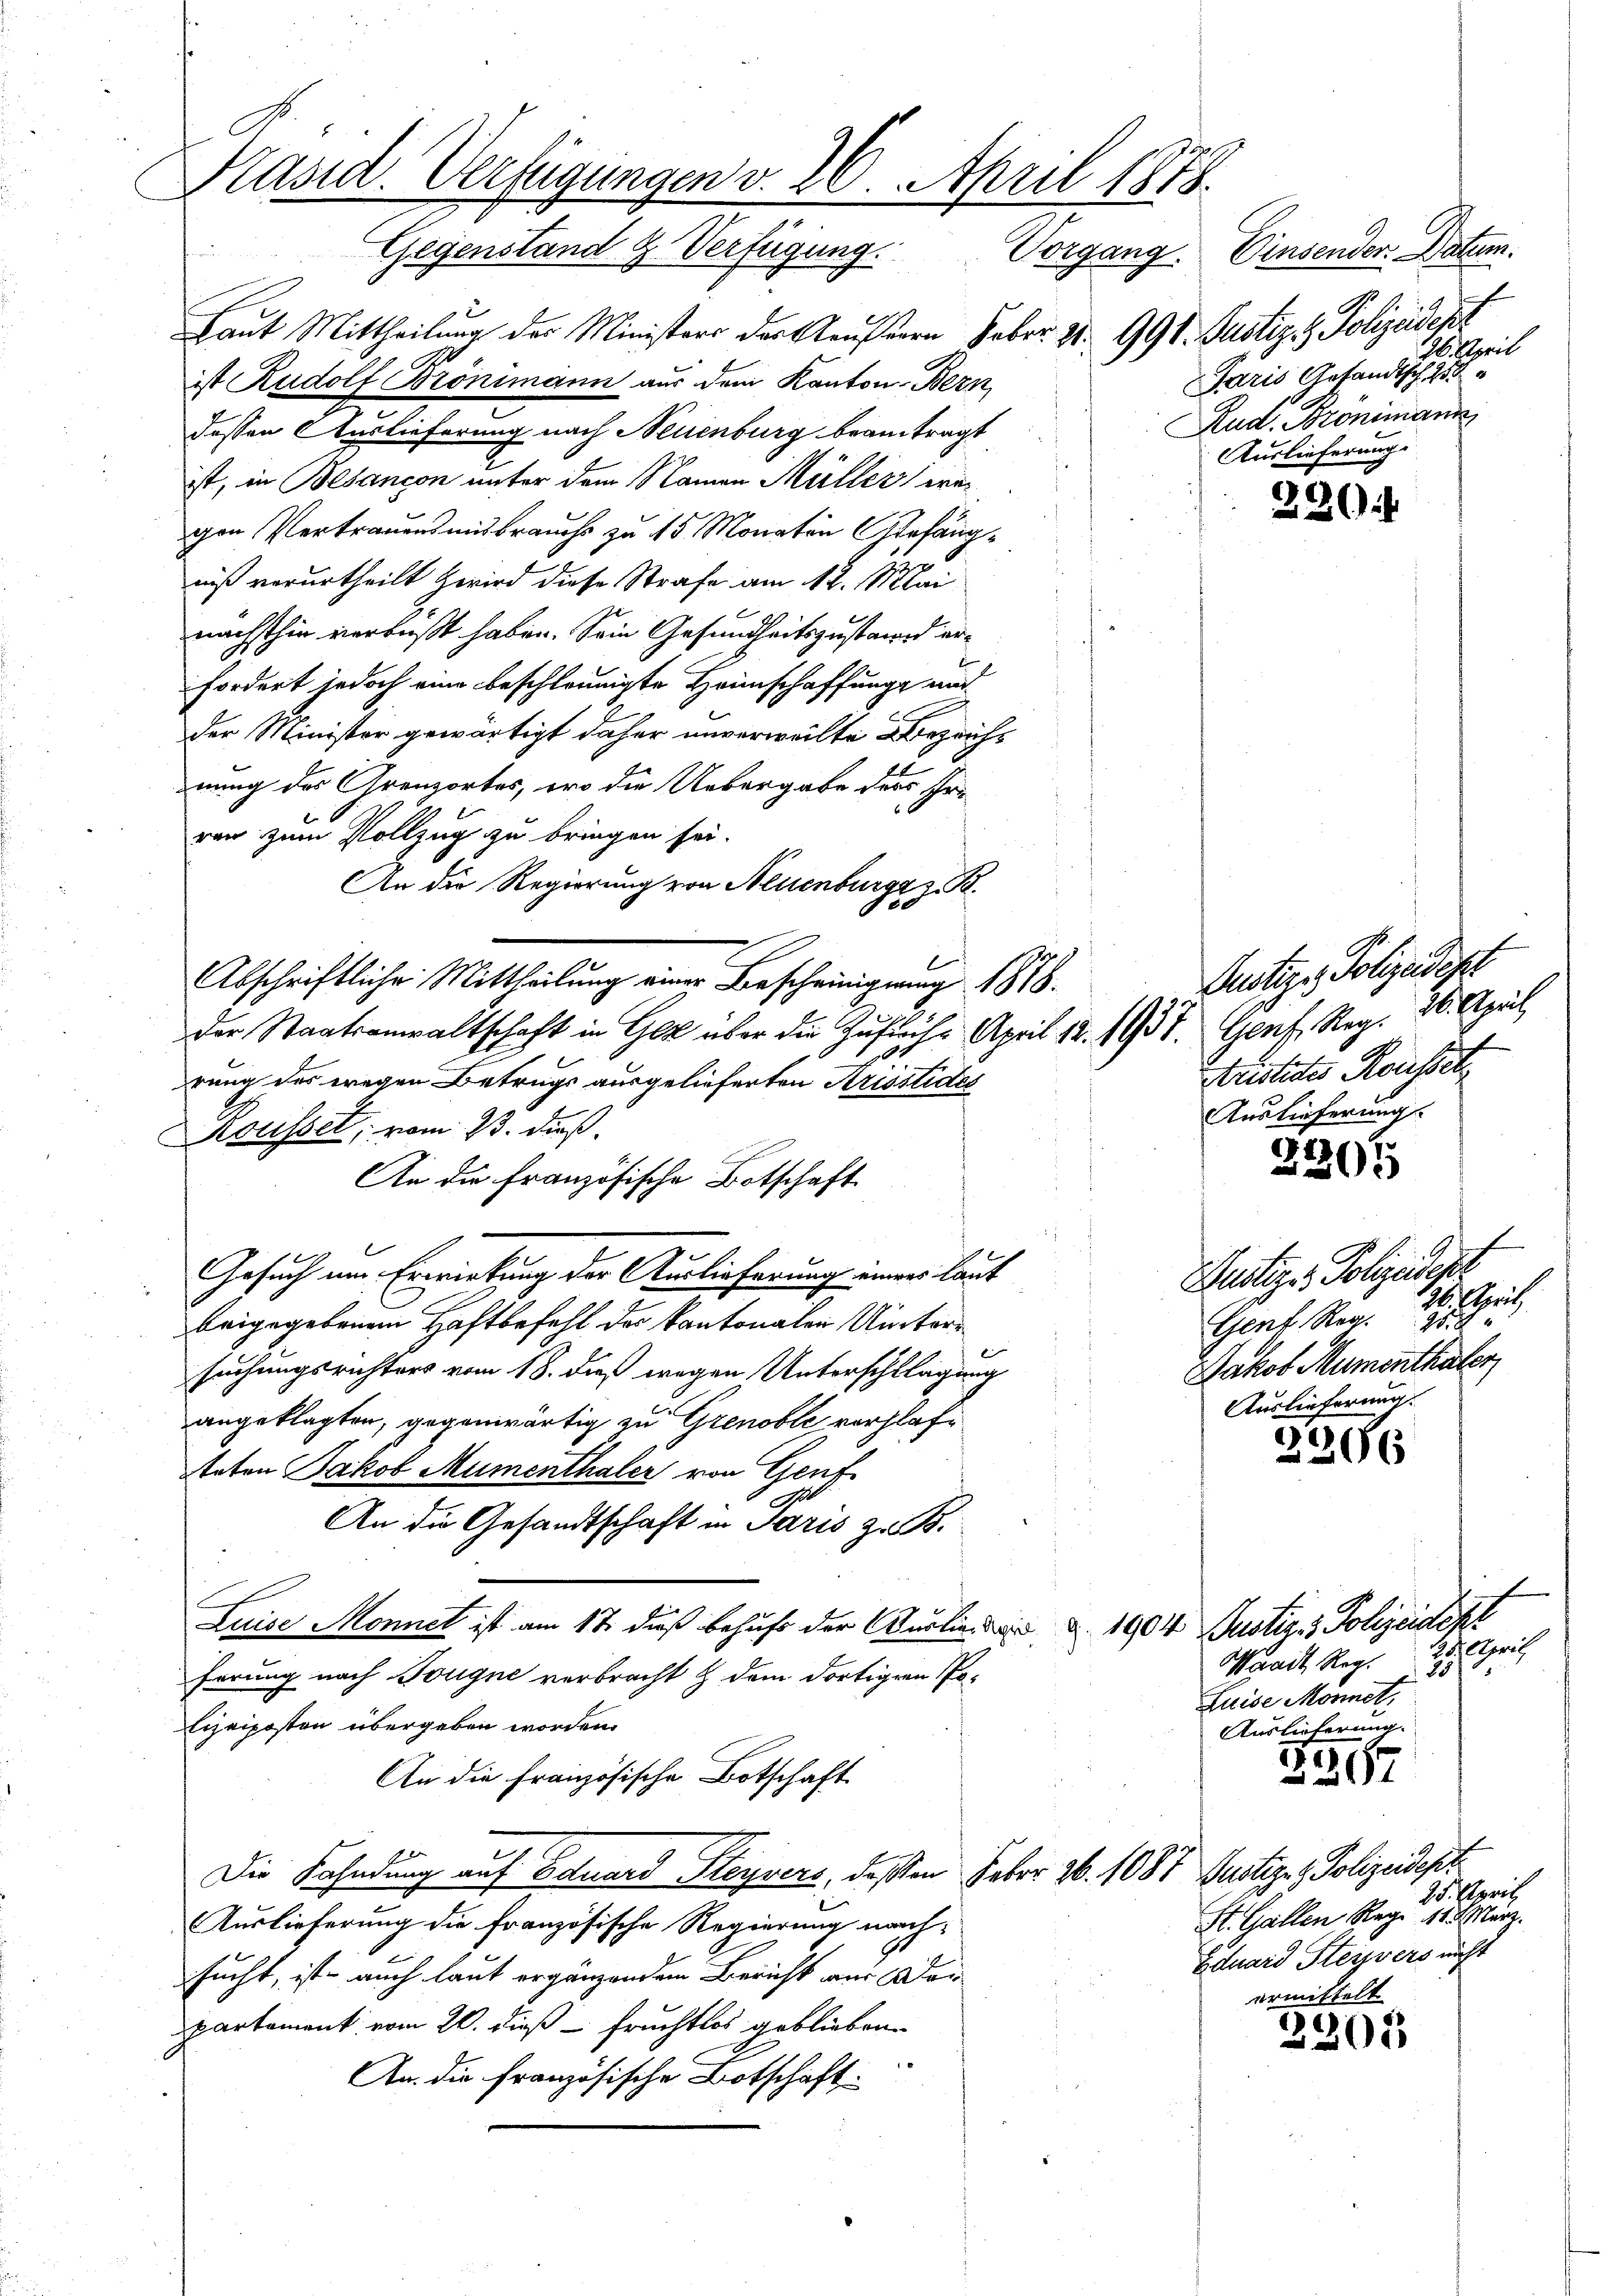
Präsid. Verfügungen v. 20. April 1878.
Gegenstand z. Verfügung. Vorgang. Einsender Datum.

Laut Mittheilung der Ministers der Genferen Febr. 2 991. Justiz- & Polizeidepr
ist Rudolf Bronimann aus dem Kanton Bern,
dessen Auslieferung nach Neuenburg beantragt
ist, in Besançon unter dem Namen Müller wegen Vertrauensmisbrauchs zu 15 Monaten Gefängniß verurtheilt wird diese Strafe am 12. Mai
nächsthin verbüßt haben. Sein Gesundheitszustand erfordert jedoch eine beschleunigte Heimschaffung mader Minister gewärtigt daher unverweilte Bezeichs
nung des Grenzortes, wo die Uebergabe der Er-
ren zum Vollzug zu bringen sei.
An die Regierung von Neuenburg S.
Abschriftliche Mittheilung einer Bescheinigung 1818.
der Staatsanwaltschaft in Gl über die Zufluch. April 12. 1937. Gent. Reg. 26. April
rung des wegen Betrugs ausgelieferten Krisstides
Rousset, vom 23. dieß.
An die französische Botschaft
l
Gesuch um Erwirkung der Auslieferung einers laut
beigegebenem Haftbefehl des Kantonalen Untere
e
suchungsrichters vom 18. dieß wegen Unterschlagung
angeklagten, gegenwärtig zu Grenoble vorhlafe
Arten Jakob Mumenthaler von Genf
u
An die Gesandtschaft in Paris z. B.
Luise Monnet ist am 17. dieß behufs der Kurlin 1904 Justiz & Polizeidekr
herung nach Tougne verbracht & dem dortigen Po¬
Eizeiposten übergeben worden.
An die Französische Botschaft
Die Fahndung auf Eduard Steyvers, deßen Feber 26. 108
Auslieferung die französische Regierung nach-
sucht, ist auch laut ergänzendem Bericht aus der
partement vom 20. dieß – fruchtlos geblieben.
18
An die französische Botschaft

S.
l

f
kzeit
Paris Gesandtsch 238
Rud. Bronimann
Auslieferung.

220

Justiz - Polizeidigt
Aristetes Kasset
Auslieferung

44
205

Buötige Polizeidige
26. April
21
Gent Reg.
Jakob Mumenthaler
Auslieferung.

2206

s
Mandt Reg.
S
Luise Monnet,
Auslieferung.

2267

17. Justiz- & Polizeidest
25. April
St. Gallen Reg. 185 erz.
Eduard Steivers nicht

ermittelt
2305